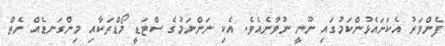
ފެންވަރު އެކަށައެޅުންކަމުގައި ނޫނީ ނުވާނެއެވެ. އެކި ނަންނަމުގެ ސްޓަޑީ މޯޑްތަކާއި މިންގަނޑެއް ނެތް